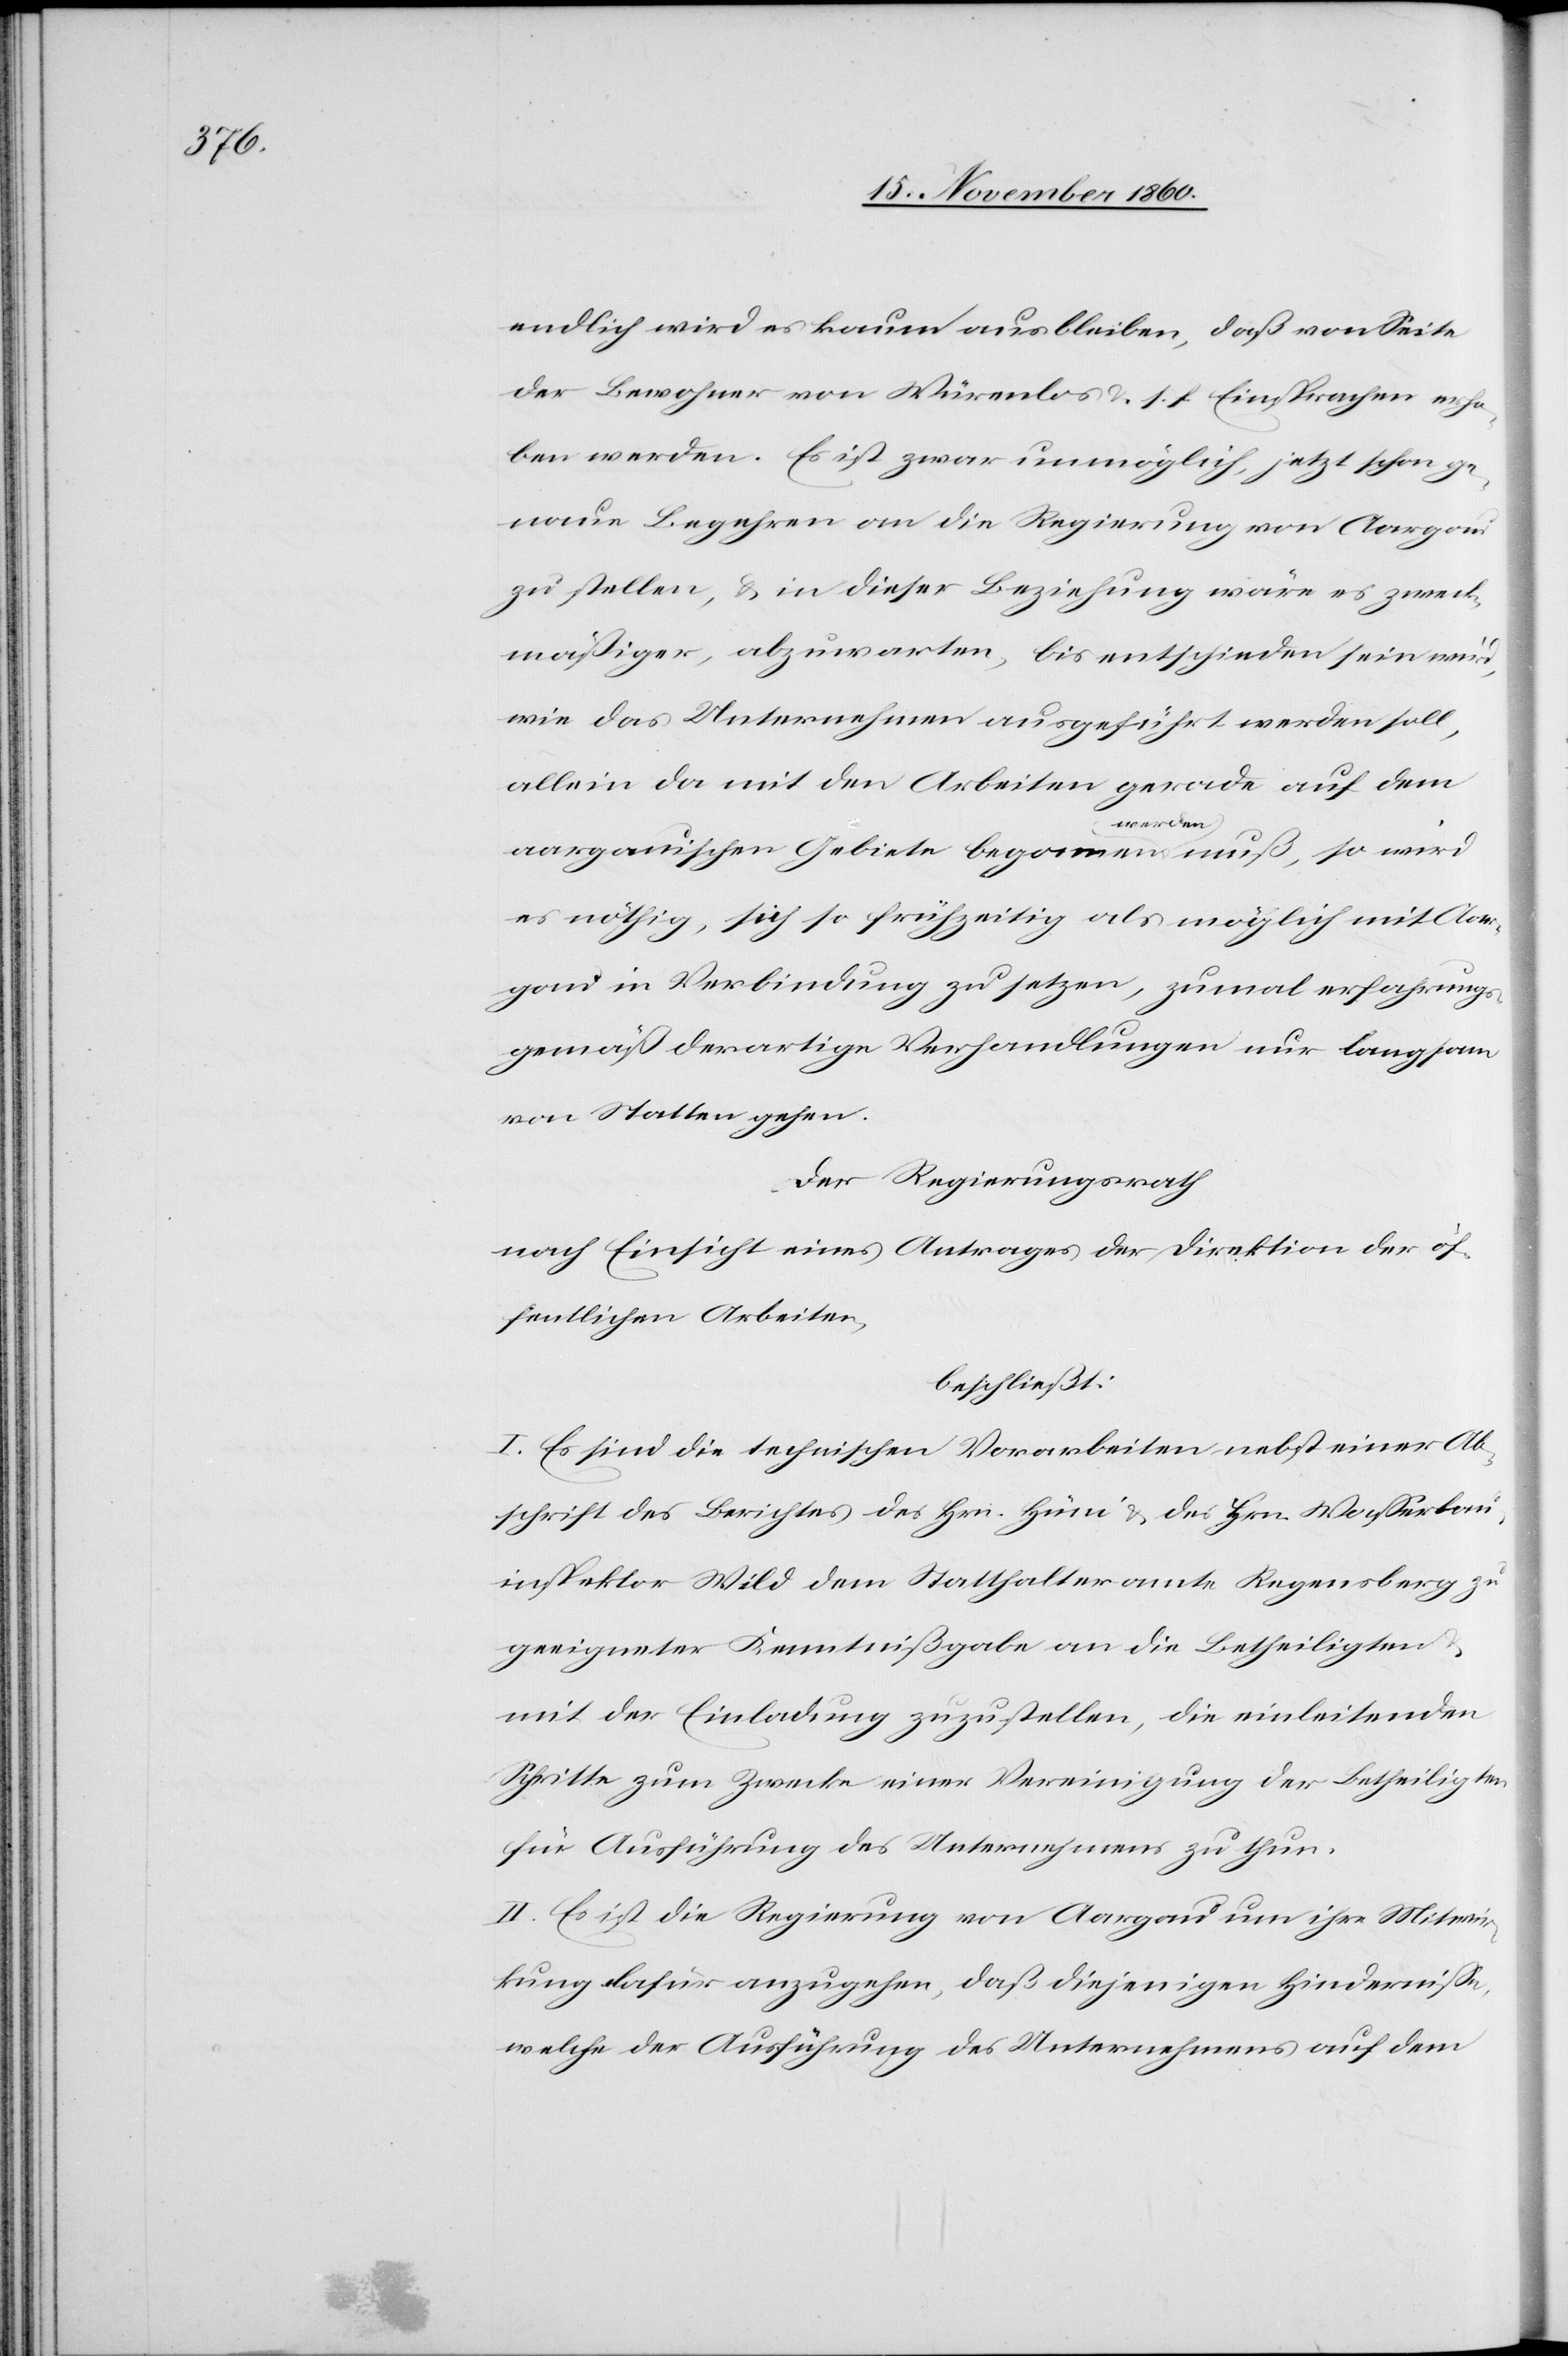
endlich wird es kaum ausbleiben, daß von Seite
der Bewohner von Würenlos u. s. f. Einsprachen erho¬
ben werden. Es ist zwar unmöglich, jetzt schon ge¬
naue Begehren an die Regierung von Aargau
zu stellen, u. in dieser Beziehung wäre es zweck¬
mäßiger, abzuwarten, bis entschieden sein wird,
wie das Unternehmen ausgeführt werden soll,
allein da mit den Arbeiten gerade auf dem
aargauischen Gebiete begonnen werden muß, so wird
es nöthig, sich so frühzeitig als möglich mit Aar¬
gau in Verbindung zu setzen, zumal erfahrungs¬
gemäß derartige Verhandlungen nur langsam
von Statten gehen.
Der Regierungsrath
nach Einsicht eins Antrages der Direktion der öf¬
fentlichen Arbeiten,
beschließt:
I. Es sind die technischen Vorarbeiten nebst einer Ab¬
schrift des Berichts des Hrn. Hüni u. des Hrn. Wasserbau¬
inspektor Wild dem Statthalteramte Regensberg zu
geeigneter Kenntnißgabe an die Betheiligten
mit der Einladung zuzustellen, die einleitenden
Schritte zum Zwecke einer Vereinigung der Betheiligten
für Ausführung des Unternehmens zu thun.
II. Es ist die Regierung von Aargau um ihre Mitwir¬
kung dafür anzugehen, daß diejenigen Hindernisse,
welche der Ausführung des Unternehmens auf dem